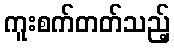
ကူးစက်တတ်သည့်